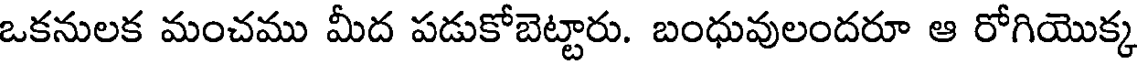
ఒకనులక మంచము మీద పడుకోబెట్టారు. బంధువులందరూ ఆ రోగియొక్క